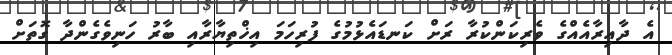
އެ ދާއިރާއެއްގެ ވެރިކަންކުރާ ރަށް ކަނޑައެޅުމުގެ ފުރިހަމަ އިޚްތިޔާރާއި ބާރު ހަނިވެގެންދާ ގޮތަށް